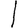
Digit: 1